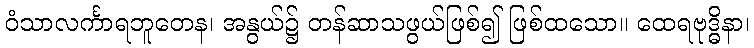
ဝံသာလင်္ကာရဘူတေန၊ အနွယ်၌ တန်ဆာသဖွယ်ဖြစ်၍ ဖြစ်ထသော။ ထေရဗုဒ္ဓိနာ၊